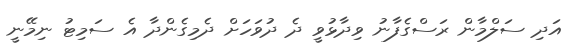
އަދި ސަލްމާން ރަސްގެފާނު ވިދާޅުވީ ދެ ދުވަހަށް ދެމިގެންދާ އެ ސަމިޓު ނިމޭނީ